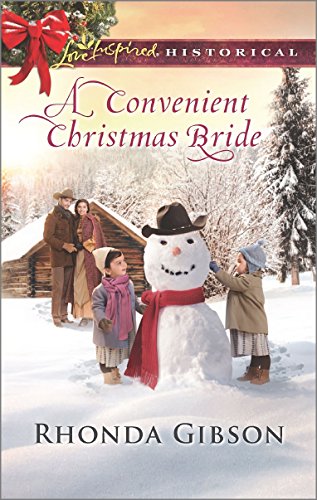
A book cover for A Convenient Christmas Bride (Love Inspired Historical); Rhonda Gibson; Romance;